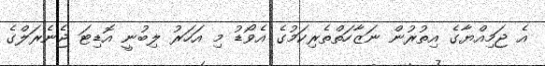
އެ ޖަމިއްޔާގެ އިތުރުން ނަޒާހަތްތެރިކަމުގެ އެވޯޑު މި އަހަރު ލިބުނީ އޮޑިޓަ ޖެނެރަލްގެ